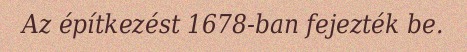
Az építkezést 1678-ban fejezték be.